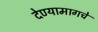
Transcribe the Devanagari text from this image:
देण्यामागचे